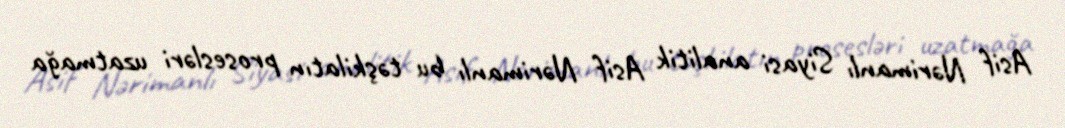
Asif Nərimanlı Siyasi analitik Asif Nərimanlı bu təşkilatın prosesləri uzatmağa